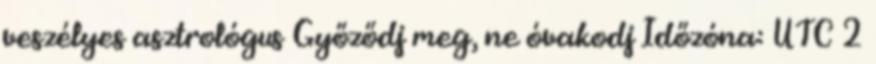
veszélyes asztrológus Győződj meg, ne óvakodj Időzóna: UTC 2